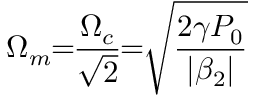
\Omega _ { m } \! \! = \! \! \frac { \Omega _ { c } } { \sqrt { 2 } } \! \! = \! \! \sqrt { \frac { 2 \gamma P _ { 0 } } { | \beta _ { 2 } | } }